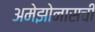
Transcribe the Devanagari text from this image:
अमेझोनासची